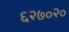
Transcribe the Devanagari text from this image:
६२७०२०